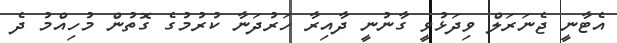
އެޓާނީ ޖެނަރަލް ވިދަޅުވީ ގާނުނީ ދާއިރާ ހަރުދަނާ ކުރުމުގެ ގޮތުން މުހިއްމު ދެ